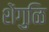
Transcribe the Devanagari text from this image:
शेंगुळि